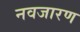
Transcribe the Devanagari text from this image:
नवजारण